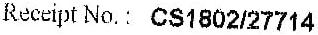
RECEIPT NO. : CS1802/27714